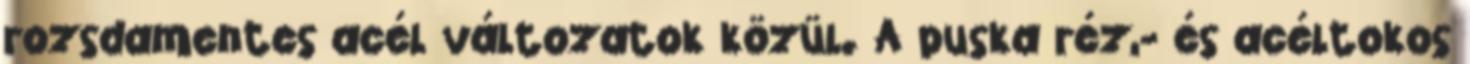
rozsdamentes acél változatok közül. A puska réz,- és acéltokos